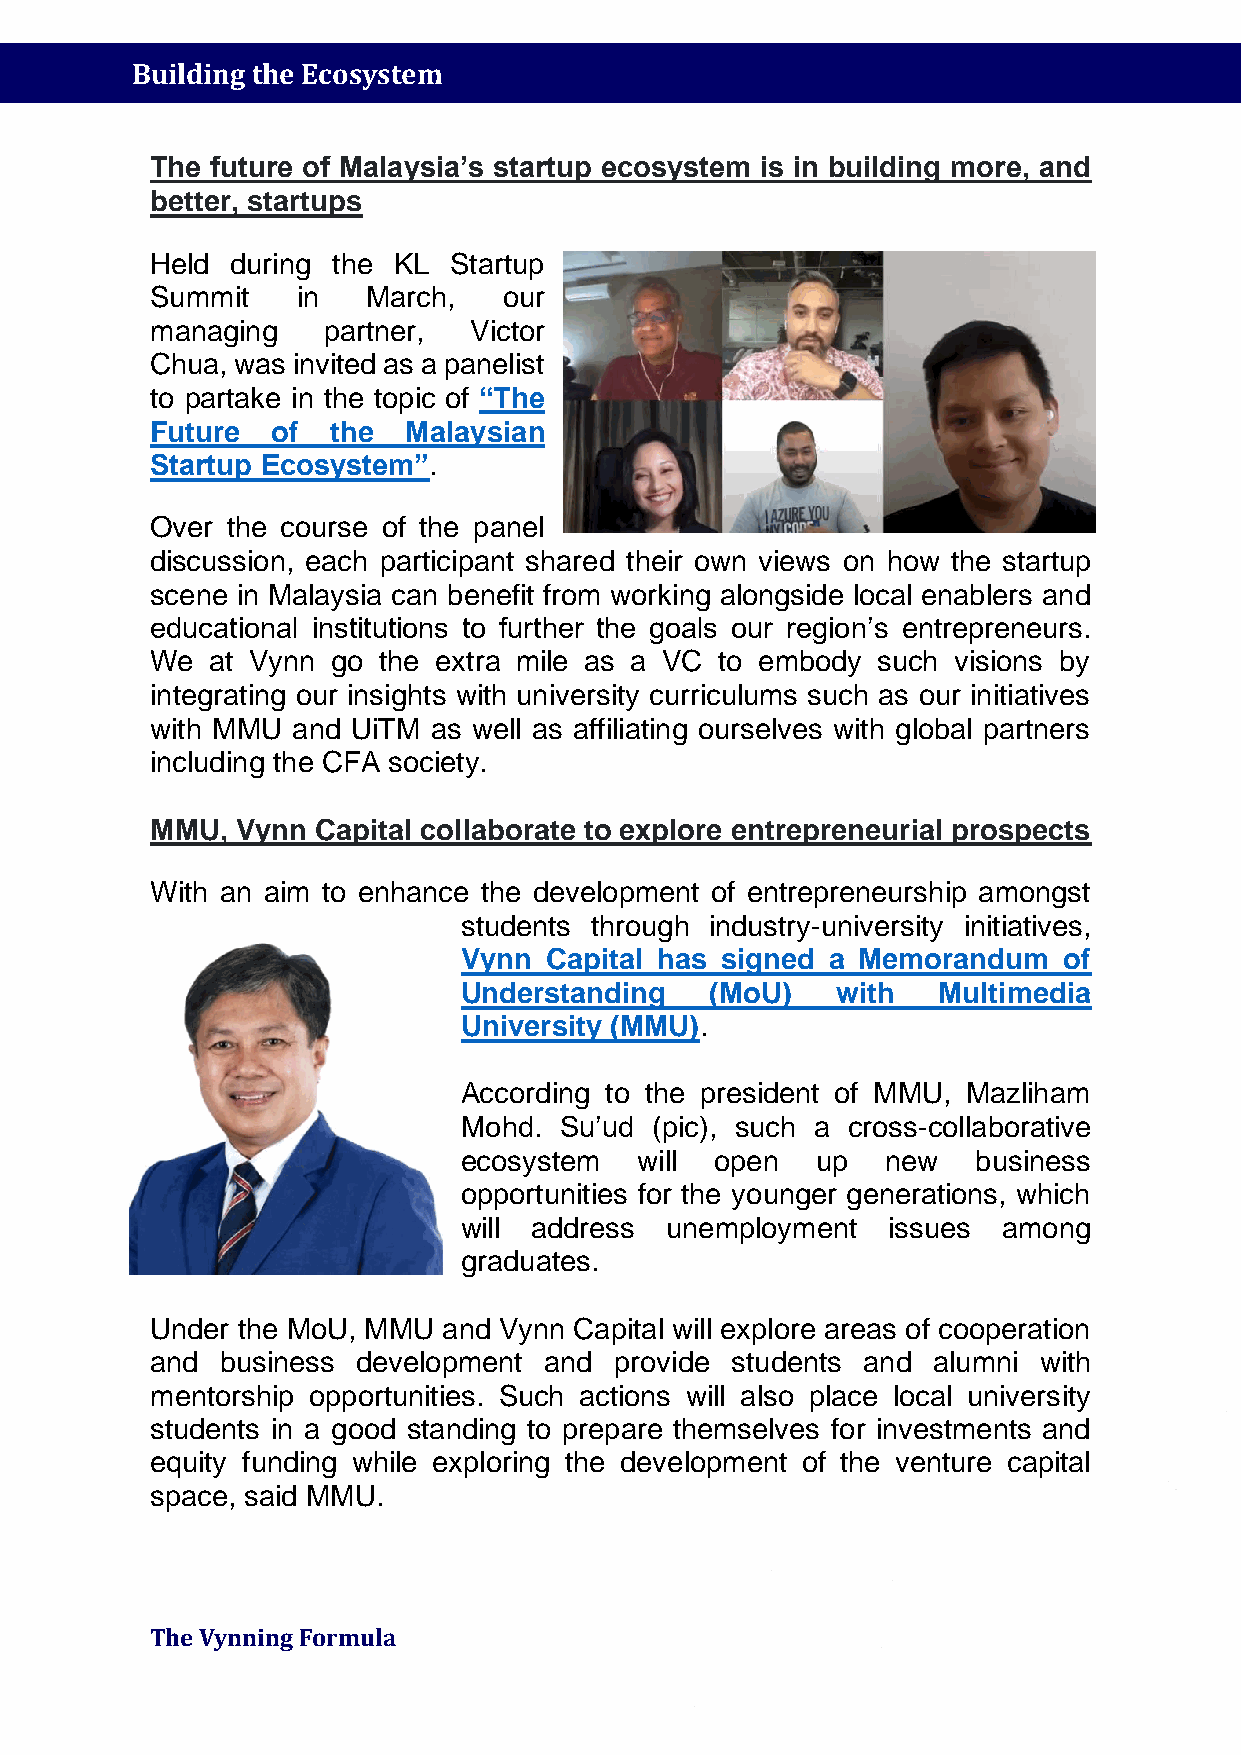
Building the Ecosystem
 The future of Malaysia’s startup ecosystem is in building more, and
 better, startups
 Held during the KL  Startup
 Summit    in  March,   our
 managing   partner,  Victor
 Chua, was invited as a panelist
 to partake in the topic of “The
 Future  of  the  Malaysian
 Startup Ecosystem”.
 Over the course of the panel
 discussion, each participant shared their own views on how the startup
 scene in Malaysia can benefit from working alongside local enablers and
 educational institutions to further the goals our region’s entrepreneurs.
 We  at Vynn go the extra mile as a VC to embody such visions by
 integrating our insights with university curriculums such as our initiatives
 with MMU and UiTM  as well as affiliating ourselves with global partners
 including the CFA society.
 MMU,  Vynn Capital collaborate to explore entrepreneurial prospects
 With an aim to enhance the development of entrepreneurship amongst
 students through industry-university initiatives,
 Vynn  Capital has signed a Memorandum   of
 Understanding    (MoU)   with   Multimedia
 University (MMU).
 According to the president of MMU, Mazliham
 Mohd.  Su’ud (pic), such a cross-collaborative
 ecosystem   will open   up   new   business
 opportunities for the younger generations, which
 will address  unemployment   issues among
 graduates.
 Under the MoU, MMU and Vynn Capital will explore areas of cooperation
 and  business development and  provide students and alumni with
 mentorship opportunities. Such actions will also place local university
 students in a good standing to prepare themselves for investments and
 equity funding while exploring the development of the venture capital
 space, said MMU.
 The Vynning Formula